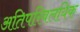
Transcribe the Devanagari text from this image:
अतिपरिवलयिक